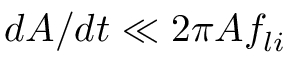
d A / d t \ll 2 \pi A f _ { l i }